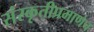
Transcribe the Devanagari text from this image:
संस्कृतीप्रमाणेच